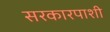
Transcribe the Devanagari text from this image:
सरकारपाशी